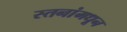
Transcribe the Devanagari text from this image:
स्तनांमधून